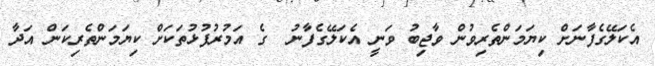
އެކަލޭގެފާނަށް ކިޔަމަންތެރިވުން ވާޖިބު ވަނީ އެކަލޭގެފާނު  ގެ އަމުރުފުޅުތަކަށް ކިޔަމަންތެރިކަން އަދާ